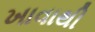
ખાવાથી